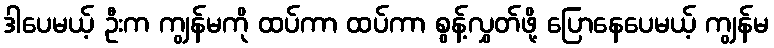
ဒါပေမယ့် ဦးက ကျွန်မကို ထပ်ကာ ထပ်ကာ စွန့်လွှတ်ဖို့ ပြောနေပေမယ့် ကျွန်မ